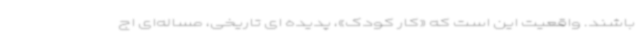
باشند. واقعیت این است که «کار کودک»، پدیده ای تاریخی، مساله‌ای اج